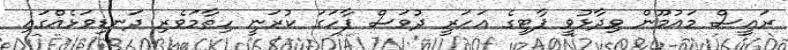
ރައީސް މައުމޫން ވިދާޅުވީ ޕާޓީގެ އަހަރީ ދުވަސް ފާހަގަ ކުރަނީ ހިތާމަވެރި ދަނޑިވަޅެއްގައި